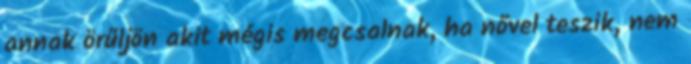
annak örűljön akit mégis megcsalnak, ha nővel teszik, nem